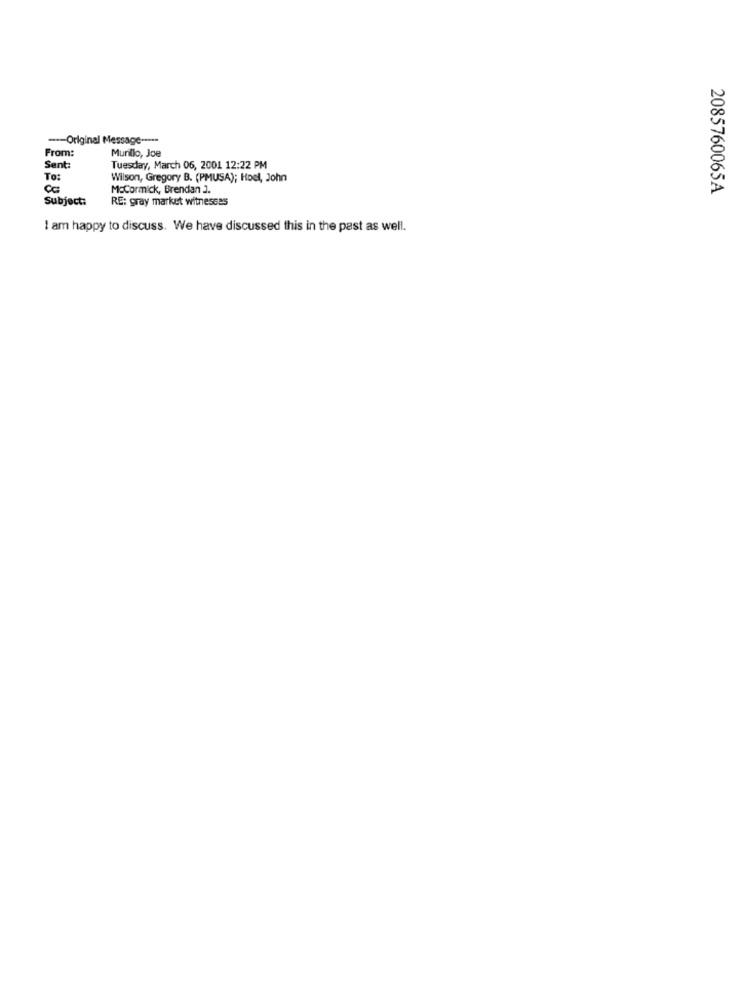
--- Original Message -----
From:
Murillo, Joe
Sent:
Tuesday, March 06, 2001 12:22 PM
To:
Wilson, Gregory B. (PMUSA); Hoel, John
Cc
McCormick, Brendan J.
2085760065A
Subject:
RE: gray market witnesses
I am happy to discuss. We have discussed this in the past as well.